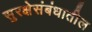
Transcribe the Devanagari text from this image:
सुरक्षेसंबंधातील